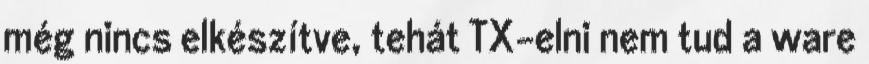
még nincs elkészítve, tehát TX-elni nem tud a ware